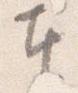
奉